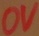
Text: 0V